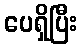
ပေရှိပြီး